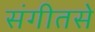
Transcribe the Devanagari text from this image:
संगीतसे